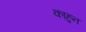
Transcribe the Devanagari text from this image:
काहुन